Senior Leaving Certificate Examination (including Day School Certificate (Higher) General paper), 1947
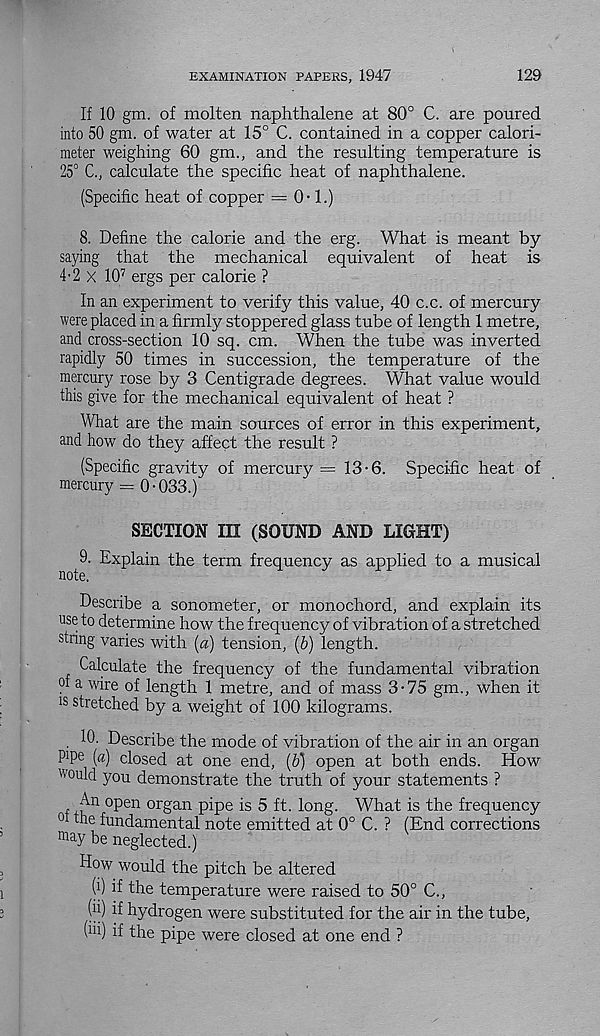
EXAMINATION PAPERS, 1947
129
If 10 gm. of molten naphthalene at 80° C. are poured
into 50 gm. of water at 15° C. contained in a copper calori-
meter weighing 60 gm., and the resulting temperature is
25° C., calculate the specific heat of naphthalene.
(Specific heat of copper == 0-1.)
8. Define the calorie and the erg. What is meant by
saying that the mechanical equivalent of heat is
4'2 x 10 7 ergs per calorie ?
In an experiment to verify this value, 40 c.c. of mercury
were placed in a firmly stoppered glass tube of length 1 metre,
and cross-section 10 sq. cm. When the tube was inverted
rapidly 50 times in succession, the temperature of the
mercury rose by 3 Centigrade degrees. What value would
this give for the mechanical equivalent of heat ?
What are the main sources of error in this experiment,
and how do they affect the result ?
(Specific gravity of mercury = 13-6. Specific heat of
mercury = 0-033.)
SECTION III (SOUND AND LIGHT)
^9. Explain the term frequency as applied to a musical
Describe a sonometer, or monochord, and explain its
use to determine how the frequency of vibration of a stretched
string varies with {a) tension, (6) length.
Calculate the frequency of the fundamental vibration
°i a wire of length 1 metre, and of mass 3-75 gm., when it
1S stretched by a weight of 100 kilograms.
10. Describe the mode of vibration of the air in an organ
P 1 ? 6 («) closed at one end, (b) open at both ends. How
would you demonstrate the truth of your statements ?
An open organ pipe is 5 ft. long. What is the frequency
°i the fundamental note emitted at 0° C. ? (End corrections
fflay be neglected.)
How would the pitch be altered
W H the temperature were raised to 50° C.,
(h) if hydrogen were substituted for the air in the tube,
(iii) if the pipe were closed at one end ?